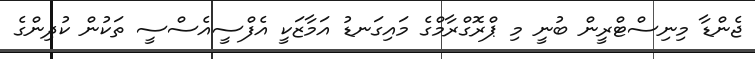
ޖެންޑާ މިނިސްޓްރީން ބުނީ މި ޕްރޮގްރާމްގެ މައިގަނޑު އަމާޒަކީ އެފްސީއެސްސީ ތަކުން ކުދިންގެ